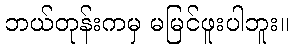
ဘယ်တုန်းကမှ မမြင်ဖူးပါဘူး။